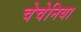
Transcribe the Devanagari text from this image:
चेचेनिया